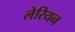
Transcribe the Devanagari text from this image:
लेरियन